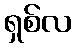
ရှစ်လ